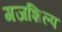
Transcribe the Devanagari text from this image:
गजशिल्प